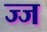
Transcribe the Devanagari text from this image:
ज्ज